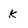
Character: k